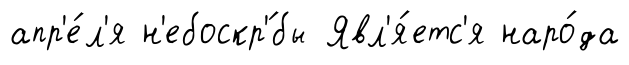
апр'е́л'я н'ебоскр'́бы Явл'я́етс'я наро́да